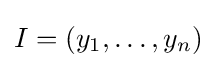
I=(y_{1},\dots ,y_{n})